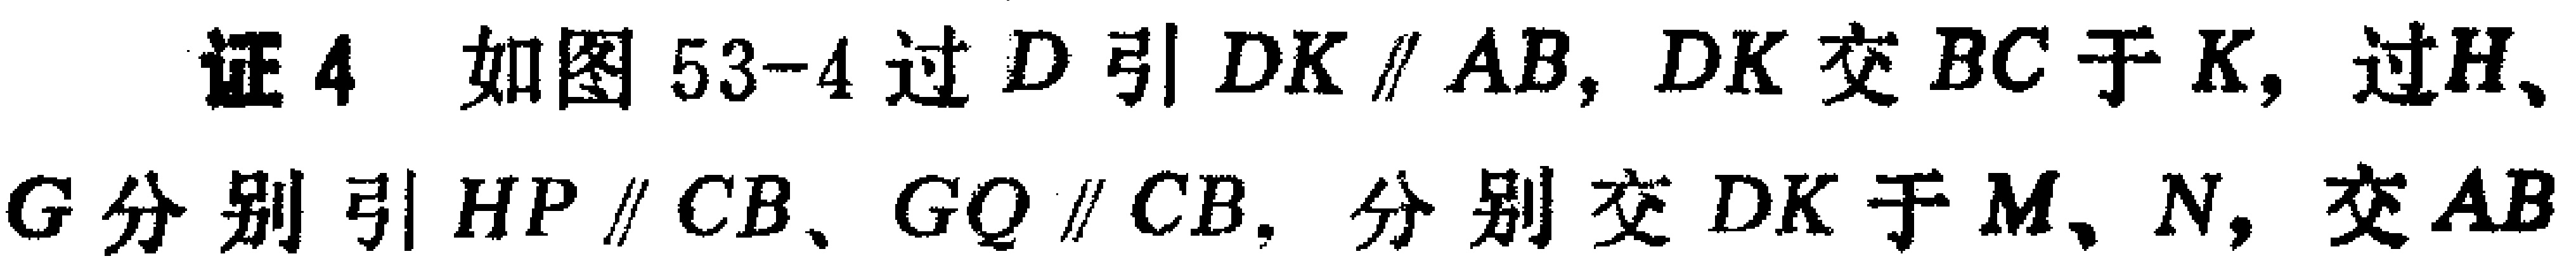
证4 如图53-4过\(D\)引\(DK\parallel AB\)，\(DK\)交\(BC\)于\(K\)，过\(H\)、\(G\)分别引\(HP\parallel CB\)、\(GQ\parallel CB\)，分别交\(DK\)于\(M\)、\(N\)，交\(AB\)